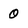
Character: 0